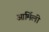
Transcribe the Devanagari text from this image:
आर्मिली